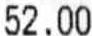
52.00